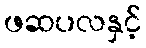
ဖဆပလနှင့်